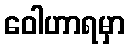
ဝေါဟာရမှာ